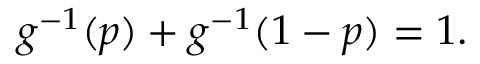
\begin{array} { r } { g ^ { - 1 } ( p ) + g ^ { - 1 } ( 1 - p ) = 1 . } \end{array}